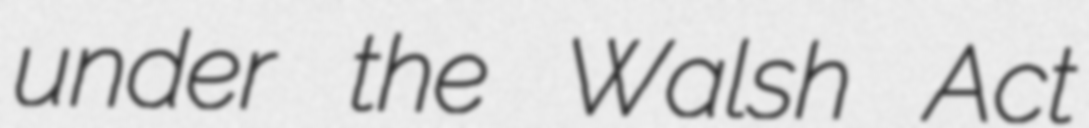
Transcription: under the Walsh Act